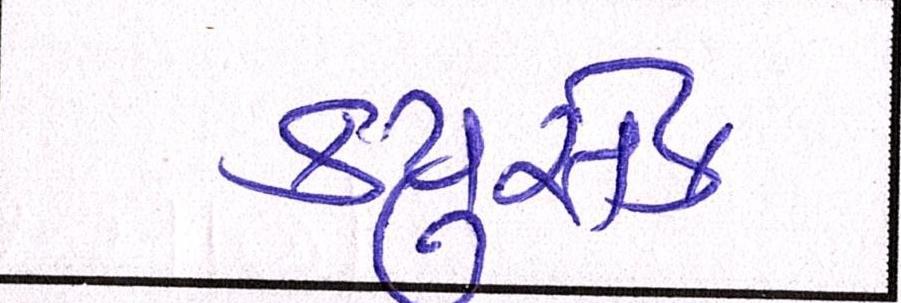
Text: ક્યુસેક